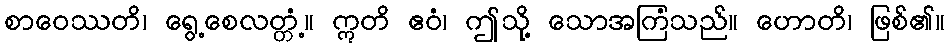
စာဝေဿတိ၊ ရွေ့စေလတ္တံ့။ ဣတိ ဧဝံ၊ ဤသို့ သောအကြံသည်။ ဟောတိ၊ ဖြစ်၏။